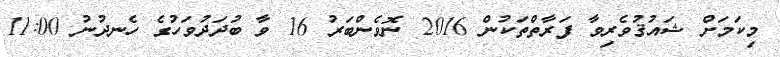
މިކަމަށް ޝައުޤުވެރިވާ ފަރާތްތަކުން 2016 ނޮވެންބަރު 16 ވާ ބުދަދުވަހުގެ ހެނދުނު 11:00